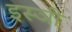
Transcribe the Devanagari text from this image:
इस्ञी